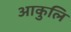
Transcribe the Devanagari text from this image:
आकुलि